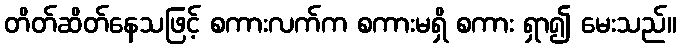
တိတ်ဆိတ်နေသဖြင့် စကားလက်က စကားမရှိ စကား ရှာ၍ မေးသည်။